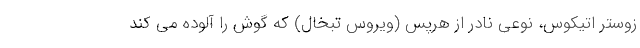
زوستر اتیکوس، نوعی نادر از هرپس (ویروس تبخال) که گوش را آلوده می کند